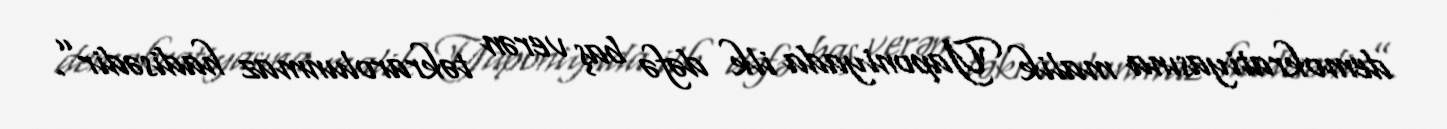
demokratiyasına malik Yaponiyada ilk dəfə baş verən təkrarolunmaz hadisədir”.